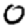
Digit: 0